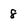
Character: 8